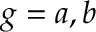
g = a , b